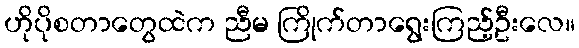
ဟိုပိုစတာတွေထဲက ညီမ ကြိုက်တာရွေးကြည့်ဦးလေ။